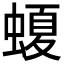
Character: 𧏡